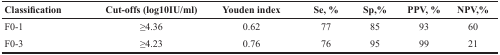
| Classification | Cut-offs (log10IU/ml) | Youden index | Se, % | Sp,% | PPV, % | NPV,% |
 | --- | --- | --- | --- | --- | --- | --- |
 | F0-1 | ≥4.36 | 0.62 | 77 | 85 | 93 | 60 |
 | F0-3 | ≥4.23 | 0.76 | 76 | 95 | 99 | 21 |